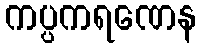
ကပ္ပကရဏေန